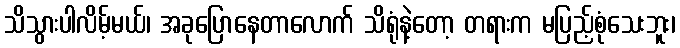
သိသွားပါလိမ့်မယ်၊ အခုပြောနေတာလောက် သိရုံနဲ့တော့ တရားက မပြည့်စုံသေးဘူး၊